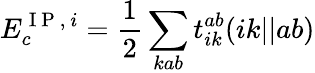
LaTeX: E_{c}^{\mathrm{~I~P~,~}i}=\frac{1}{2}\sum_{kab}t_{ik}^{ab}(ik||ab)